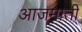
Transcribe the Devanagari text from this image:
आजमाती